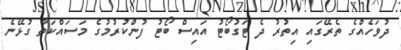
ދުވަހެއްގެ ތެރޭގައި އިތުރު ދެ ޓަގުބޯޓު އައިސް ބޯޓު ފުންކުރުމުގެ މަސައްކަތާ ގުޅޭނެ